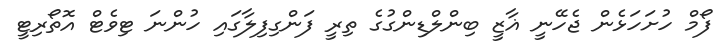
ފޯމް ހުށަހަޅެން ޖެހޭނީ ޣާޒީ ބިންލްޑިންގުގެ ތިރީ ފަންގިފިލާގައި ހުންނަ ޓިވެޓް އޮތޯރިޓީ